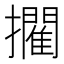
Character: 𭣉